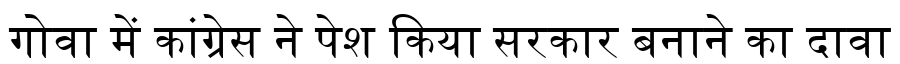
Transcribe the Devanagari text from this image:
गोवा में कांग्रेस ने पेश किया सरकार बनाने का दावा